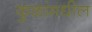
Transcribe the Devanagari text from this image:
कुळांमधील